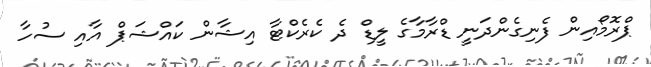
ޕްރޮމޯއިން ފެނިގެންދަނީ ޑްރާމާގެ ލީޑް ދެ ކެރެކްޓާ އިޝާން ކައްޝަޕް އާއި ސުހާާ